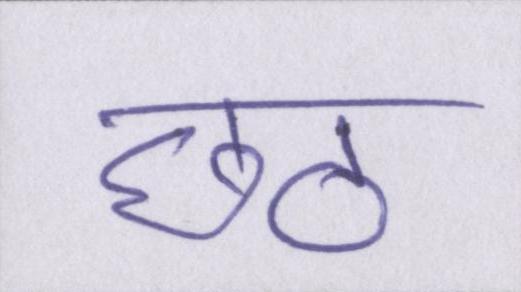
छठ